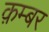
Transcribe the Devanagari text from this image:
क़म्बर